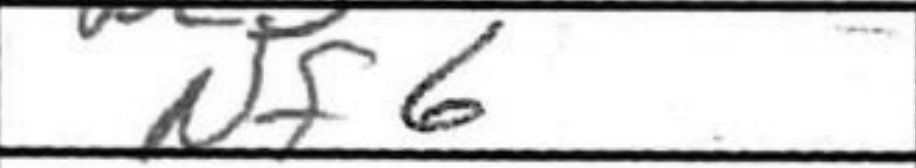
Transcription: Nf6